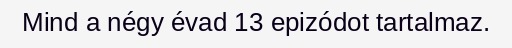
Mind a négy évad 13 epizódot tartalmaz.